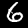
Label: 6